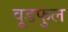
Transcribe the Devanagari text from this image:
वूडफुल